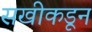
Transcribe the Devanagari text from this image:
सखीकडून